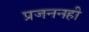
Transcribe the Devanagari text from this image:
प्रजननही